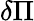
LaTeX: \delta\Pi